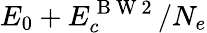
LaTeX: E_{0}+E_{c}^{\mathrm{~B~W~2~}}/N_{e}